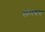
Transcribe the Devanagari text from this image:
लमबम